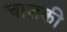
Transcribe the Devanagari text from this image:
चालकी